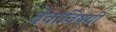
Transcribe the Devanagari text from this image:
देवांविषयी